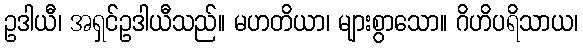
ဥဒါယီ၊ အရှင်ဥဒါယီသည်။ မဟတိယာ၊ များစွာသော။ ဂိဟိပရိသာယ၊